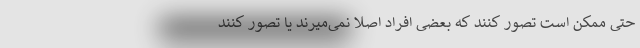
حتی ممکن است تصور کنند که بعضی افراد اصلاً نمی‌میرند یا تصور کنند